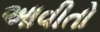
આવીતો